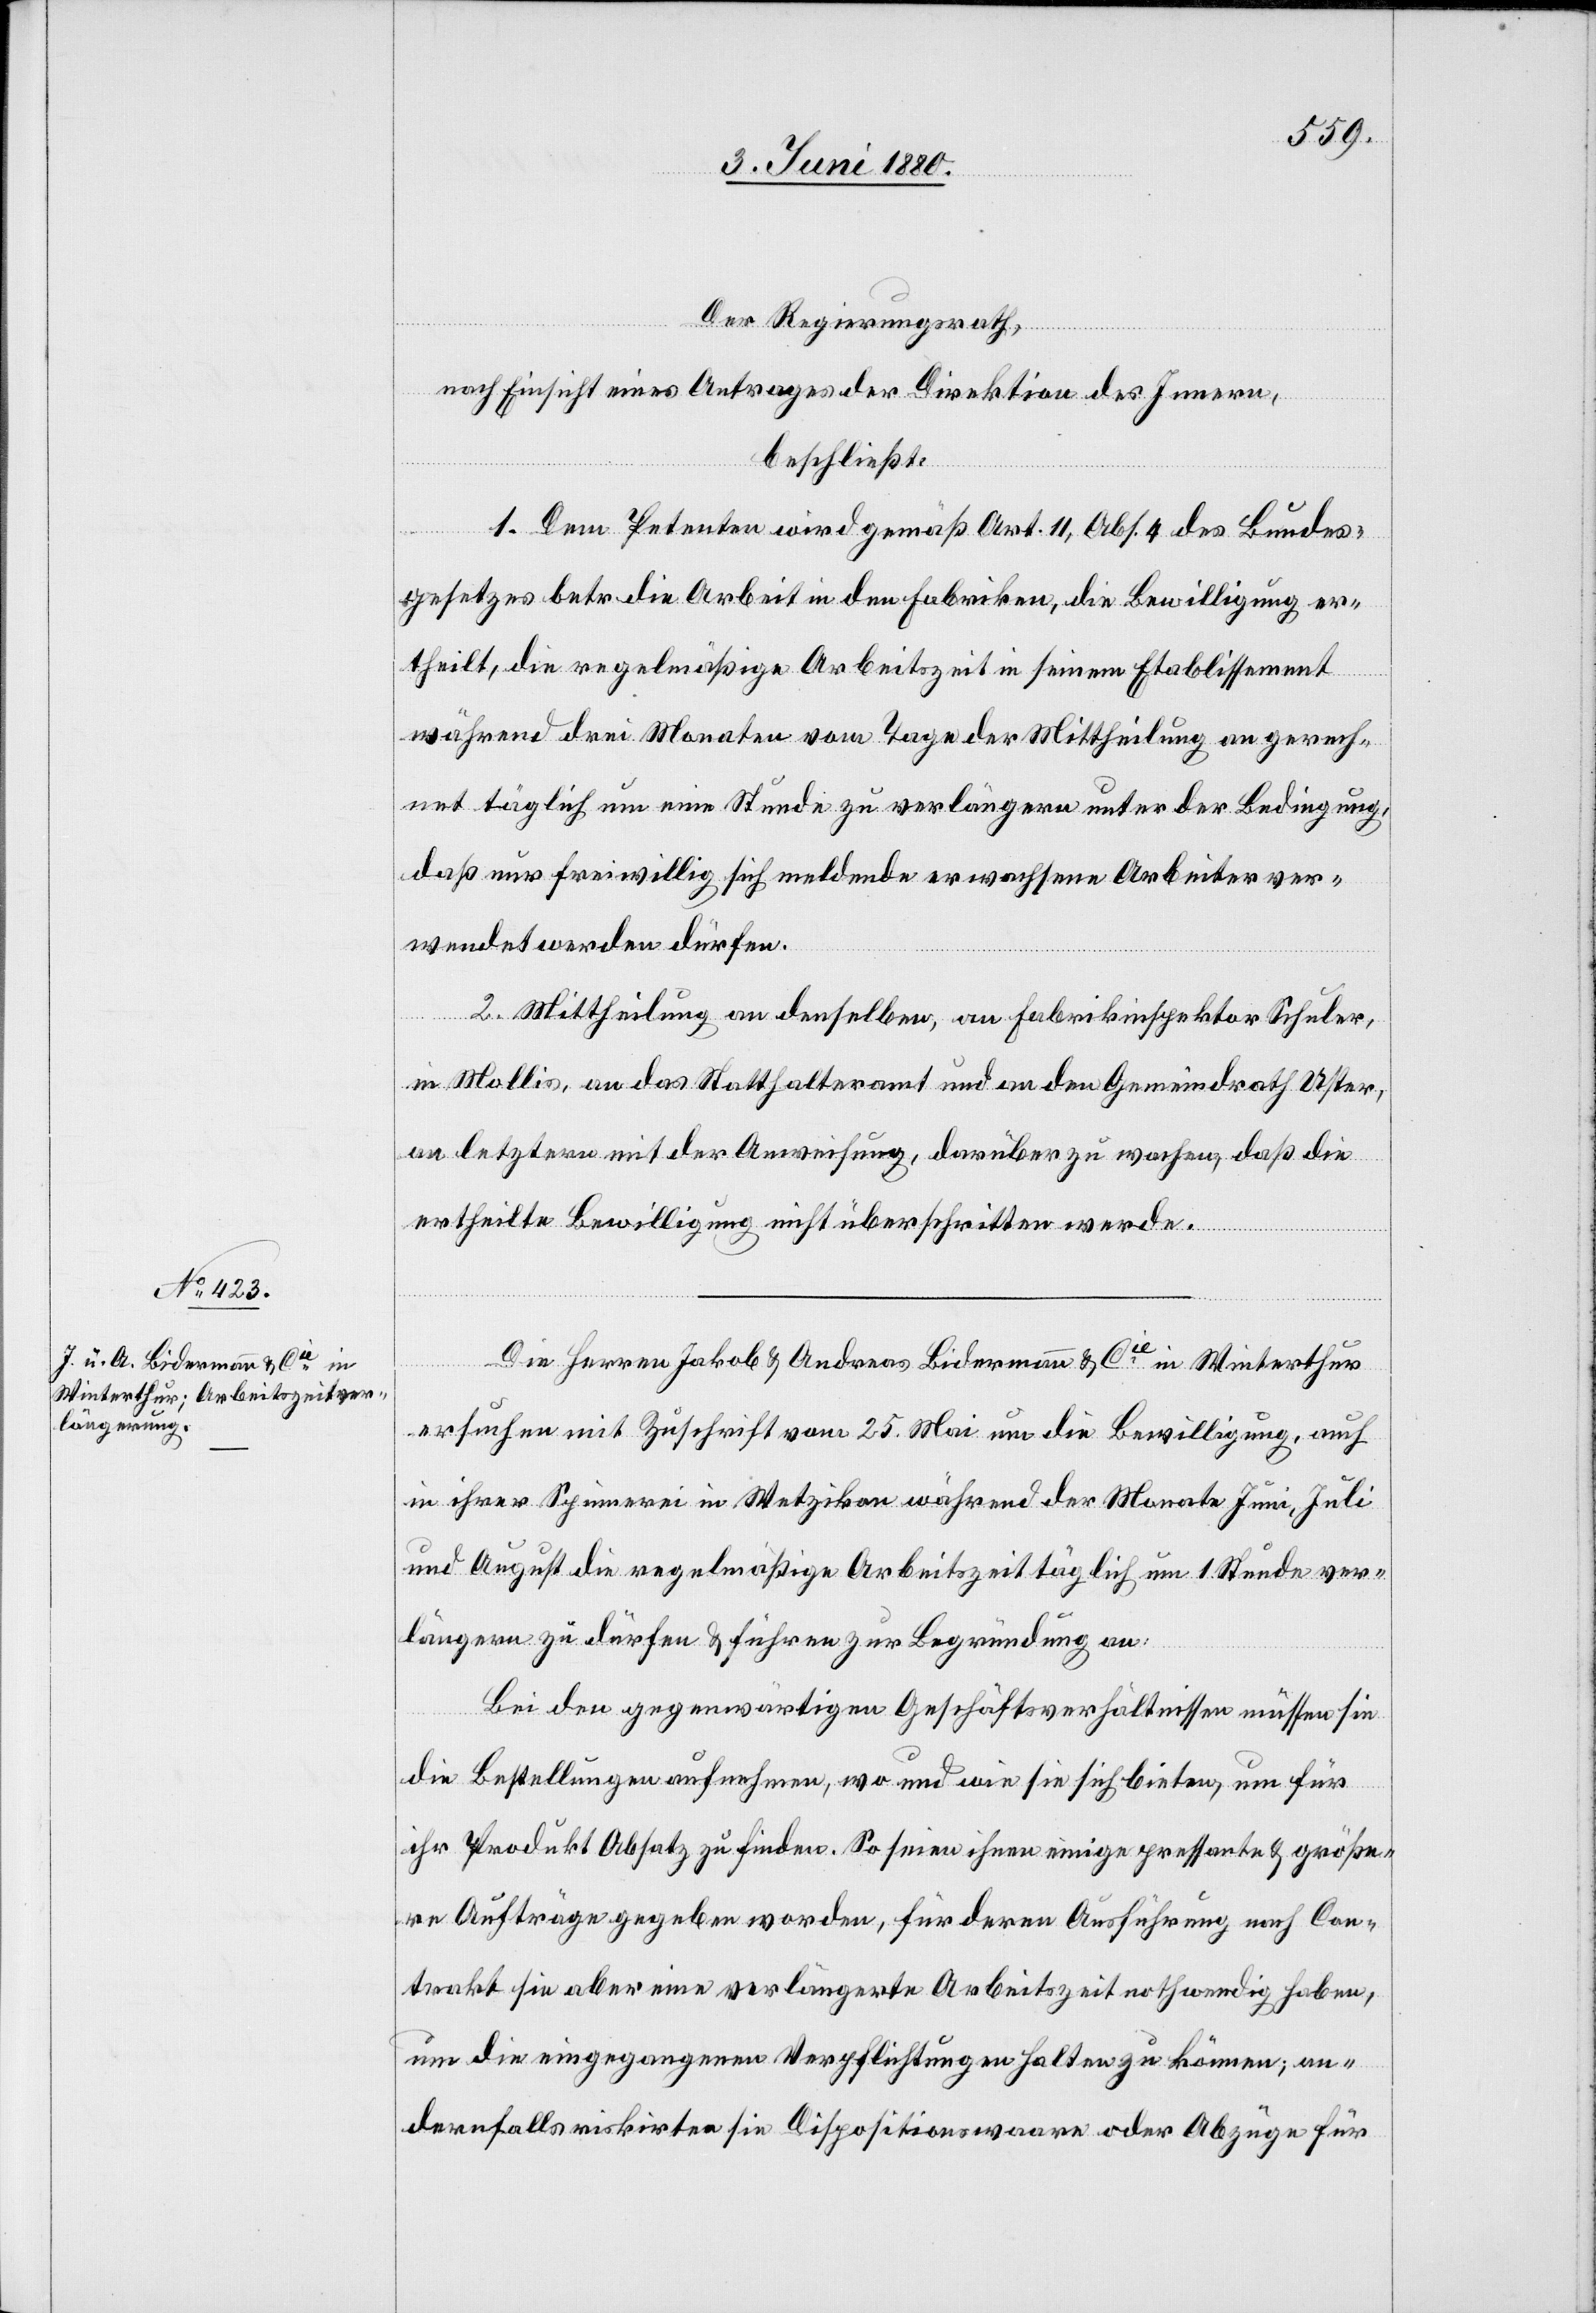
Der Regierungsrath,
nach Einsicht eines Antrages der Direktion des Innern,
beschließt:
1. Dem Petenten wird gemäß Art. 11, Abs. 4 des Bundes¬
gesetzes betr. die Arbeit in den Fabriken, die Bewilligung er¬
theilt, die regelmäßige Arbeitszeit in seinem Etablissement
während drei Monaten vom Tage der Mittheilung an gerech¬
net täglich um eine Stunde zu verlängern unter der Bedingung,
daß nur freiwillig sich meldende erwachsene Arbeiter ver¬
wendet werden dürfen.
2. Mittheilung an denselben, an Fabrikinspektor Schuler,
in Mollis, an das Statthalteramt und an den Gemeindrath Uster,
an letztern mit der Anweisung, darüber zu wachen, daß die
ertheilte Bewilligung nicht überschritten werde.
Die Herren Jakob & Andreas Bidermann & in Winterthur
ersuchen mit Zuschrift vom 25. Mai um die Bewilligung, auch
in ihrer Spinnerei in Wetzikon während der Monate Juni, Juli
und August die regelmäßige Arbeitszeit täglich um 1 Stunde ver¬
längern zu dürfen & führen zur Begründung an:
Bei den gegenwärtigen Geschäftsverhältnissen müssen sie
die Bestellungen aufnehmen, wo und wie sie sich bieten, um für
ihr Produkt Absatz zu finden. So seien ihnen einige pressante & größe¬
re Aufträge gegeben worden, für deren Ausführung nach Con¬
trakt sie aber eine verlängerte Arbeitszeit nothwendig haben,
um die eingegangenen Verpflichtungen halten zu können; an¬
dernfalls riskiren sie Dispositionswaare oder Abzüge für